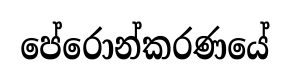
පේරොන්කරණයේ